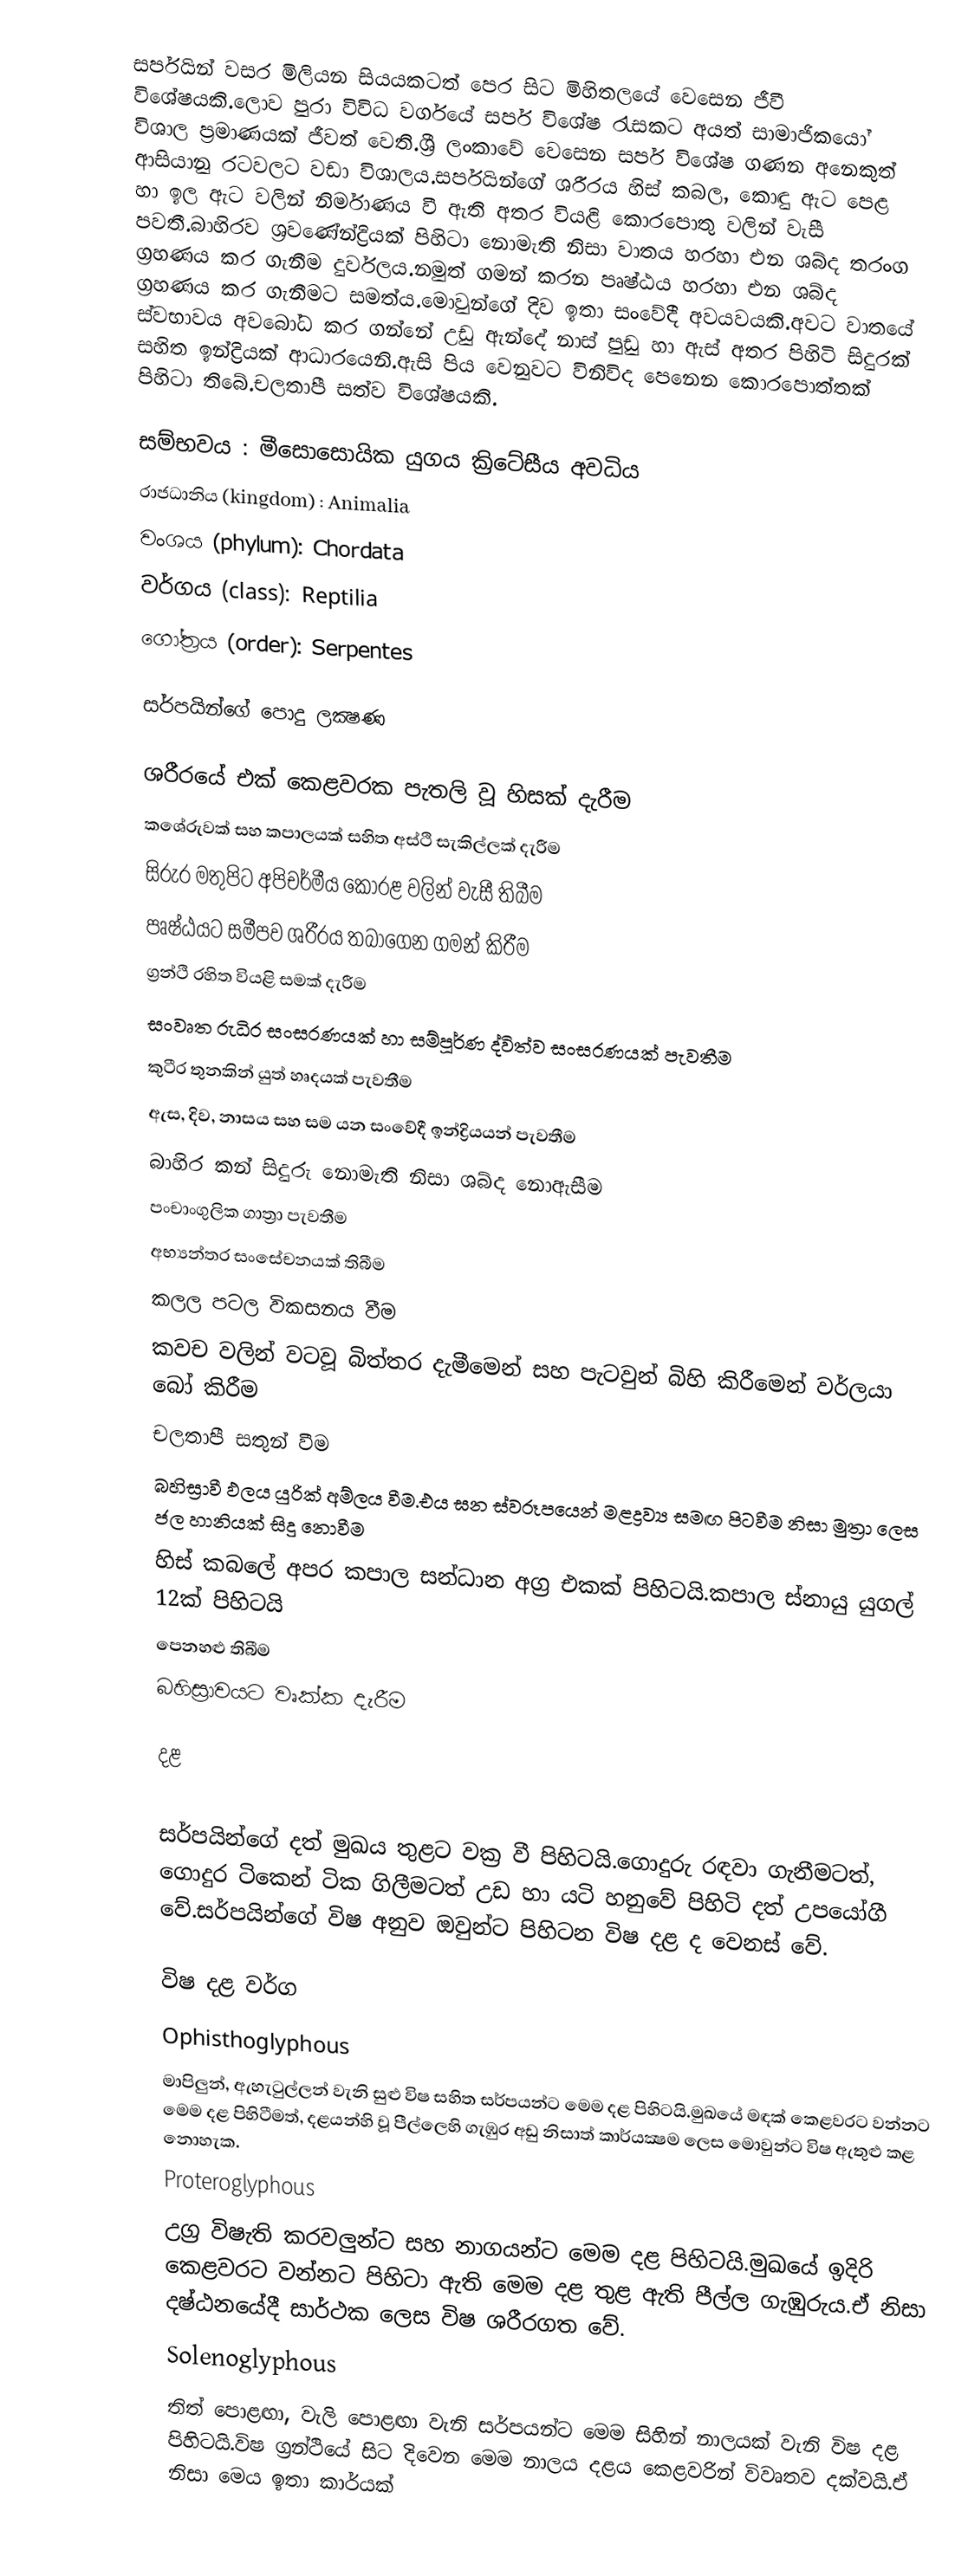
සර්පයින් වසර මිලියන සියයකටත් පෙර සිට මිහිතලයේ වෙසෙන ජීවී විශේෂයකි.ලොව පුරා විවිධ වර්ගයේ සර්ප විශේෂ රැසකට අයත් සාමාජිකයෝ විශාල ප්‍රමාණයක් ජීවත් වෙති.ශ්‍රී ලංකාවේ වෙසෙන සර්ප විශේෂ ගණන අනෙකුත් ආසියානු රටවලට වඩා විශාලය.සර්පයින්ගේ ශරීරය හිස් කබල, කොඳු ඇට පෙළ හා ඉල ඇට වලින් නිර්මාණය වී ඇති අතර වියළි ‍කොරපොතු වලින් වැසී පවතී.බාහිරව ශ්‍රවණේන්ද්‍රියක් පිහිටා නොමැති නිසා වාතය හරහා එන ශබ්ද තරංග ග්‍රහණය කර ගැනීම දුර්වලය.නමුත් ගමන් කරන පෘෂ්ඨය හරහා එන ශබ්ද ග්‍රහණය කර ගැනීමට සමත්ය.මොවුන්ගේ දිව ඉතා සංවේදී අවයවයකි.අවට වාතයේ ස්වභාවය අවබෝධ කර ගන්නේ උඩු ඇන්දේ නාස් පුඩු හා ඇස් අතර පිහිටි සිදුරක් සහිත ඉන්ද්‍රියක් ආධාරයෙනි.ඇසි පිය වෙනුවට විනිවිද පෙනෙන කොරපොත්තක් පිහිටා තිබේ.චලතාපී සත්ව වි‍ශේෂයකි.

 සම්භවය : මීසොසොයික යුගය ක්‍රිටේසීය අවධිය
 රාජධානිය (kingdom) : Animalia
 වංශය (phylum): Chordata
 වර්ගය (class): Reptilia
 ගෝත්‍රය (order): Serpentes

සර්පයින්ගේ පොදු ලක්‍ෂණ

 ශරීරයේ එක් කෙළවරක පැතලි වූ හිසක් දැරීම
 කශේරුවක් සහ කපාලයක් සහිත අස්ථි සැකිල්ලක් දැරීම
 සිරුර මතුපිට අපිචර්මීය කොරළ වලින් වැසී තිබීම
 පෘෂ්ඨයට සමීපව ශරීරය තබාගෙන ගමන් කිරීම
 ග්‍රන්ථි රහිත වියළි සමක් දැරීම
 සංවෘත රුධිර සංසරණයක් හා සම්පූර්ණ ද්විත්ව සංසරණයක් පැවතීම
 කුටීර තුනකින් යුත් හෘදයක් පැවතීම
 ඇස, දිව, නාසය සහ සම යන සංවේදී ඉන්ද්‍රියයන් පැවතීම
 බාහිර කන් සිදුරු නොමැති නිසා ශබ්ද නොඇසීම
 පංචාංගුලික ගාත්‍රා පැවතීම
 අභ්‍යන්තර සංසේචනයක් තිබීම
 කලල පටල විකසනය වීම
 කවච වලින් වටවූ බිත්තර දැමීමෙන් සහ පැටවුන් බිහි කිරීමෙන් වර්ලයා බෝ කිරීම
 චලතාපී සතුන් වීම
 බහිස්‍රාවී ඵලය යුරික් අම්ලය වීම.එය ඝන ස්වරූපයෙන් මළද්‍රව්‍ය සමඟ පිටවීම නිසා මුත්‍රා ලෙස ජල හානියක් සිදු නොවීම
 හිස් කබලේ අපර කපාල සන්ධාන අග්‍ර එකක් පිහිටයි.කපාල ස්නායු යුගල් 12ක් පිහිටයි
 පෙනහළු තිබීම
 බහිස්‍රාවයට වෘක්ක දැරීම

දළ

සර්පයින්ගේ දත් මුඛය තුළට වක්‍ර වී පිහිටයි.ගොදුරු රඳවා ගැනීමටත්, ගොදුර ටිකෙන් ටික ගිලීමටත් උඩ හා යටි හනුවේ පිහිටි දත් උපයෝගී වේ.සර්පයින්ගේ විෂ අනුව ඔවුන්ට පිහිටන විෂ දළ ද වෙනස් වේ.

විෂ දළ වර්ග
 Ophisthoglyphous
	මාපිලුන්, ඇහැටුල්ලන් වැනි සුළු විෂ සහිත සර්පයන්ට මෙම දළ පිහිටයි.මුඛයේ මඳක් කෙළවරට වන්නට මෙම දළ පිහිටීමත්, දළයන්හි වූ පීල්ලෙහි ගැඹුර අඩු නිසාත් කාර්යක්‍ෂම ලෙස මොවුන්ට විෂ ඇතුළු කළ නොහැක.
 Proteroglyphous
	උග්‍ර විෂැති කරවලුන්ට සහ නාගයන්ට මෙම දළ පිහිටයි.මුඛයේ ඉදිරි කෙළවරට වන්නට පිහිටා ඇති මෙම දළ තුළ ඇති පීල්ල ගැඹුරුය.ඒ නිසා දෂ්ඨනයේදී සාර්ථක ලෙස විෂ ශරීරගත වේ.
 Solenoglyphous
	තිත් පොළඟා, වැලි පොළඟා වැනි සර්පයන්ට මෙම සිහින් නාලයක් වැනි විෂ දළ පිහිටයි.විෂ ග්‍රන්ථියේ සිට දිවෙන මෙම නාලය දළය කෙළවරින් විවෘතව දක්වයි.ඒ නිසා මෙය ඉතා කාර්යක්